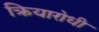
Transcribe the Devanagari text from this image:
क्रियारोधी